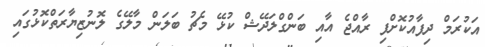
އަކުރަމް ދިފާއުކޮށްފި ރާއްޖެ އާއި ބަންގްލަދޭޝް ކުޅޭ މެޗު ބަލަން މާލޭގެ ލޮނުޒިޔާރަތްކޮޅުގައި